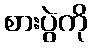
စားပွဲကို